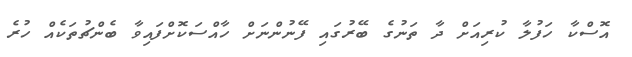
އޮސްކާ ހަފުލާ ކުރިއަށް ދާ ތަނުގެ ބޭރުގައި ފޭނުންނަށް ހާއްސަކޮށްފައިވާ ބެންޗުތަކެއް ހުރެ